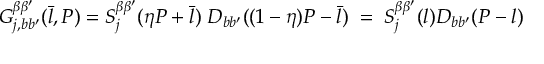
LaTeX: G _ { j , b b ^ { \prime } } ^ { \beta \beta ^ { \prime } } ( \bar { l } , P ) = S _ { j } ^ { \beta \beta ^ { \prime } } ( \eta P + \bar { l } ) \; D _ { b b ^ { \prime } } ( ( 1 - \eta ) P - \bar { l } ) \; = \; S _ { j } ^ { \beta \beta ^ { \prime } } ( l ) D _ { b b ^ { \prime } } ( P - l )